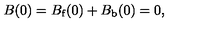
B ( 0 ) = B _ { \mathrm { f } } ( 0 ) + B _ { \mathrm { b } } ( 0 ) = 0 ,